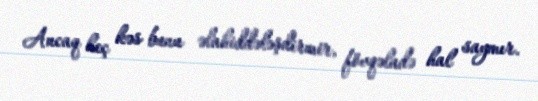
Ancaq heç kəs bunu əlahiddələşdirmir, fövqəladə hal saymır.